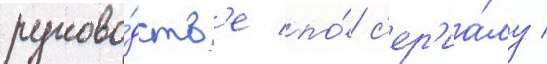
руково́дств'е по́ с'ер'иа́лу /